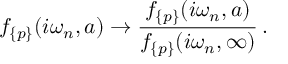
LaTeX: f _ { \{ p \} } ( i \omega _ { n } , a ) \to \frac { f _ { \{ p \} } ( i \omega _ { n } , a ) } { f _ { \{ p \} } ( i \omega _ { n } , \infty ) } \, { . }